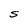
Character: S